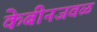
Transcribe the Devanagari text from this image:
केबीनजवळ